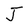
Character: J